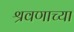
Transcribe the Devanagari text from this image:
श्रवणाच्या